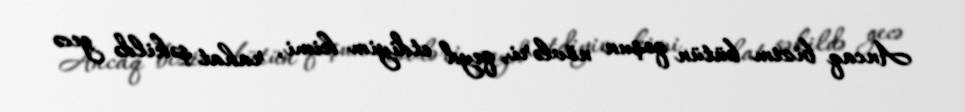
Ancaq bizim bütün qoşun növləri, qeyd etdiyim kimi, rahat şəkildə gecə